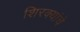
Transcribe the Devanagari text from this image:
शिरक्यांचे